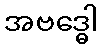
အဗဒ္ဓေါ